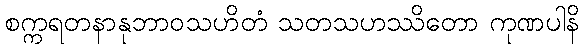
စက္ကရတနာနုဘာဝသဟိတံ သတသဟဿိတော ကုဏပါနိ